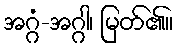
အဂ္ဂံ-အဂ္ဂါ၊ မြတ်၏။